Palivere_vallavalitsus, lk 15
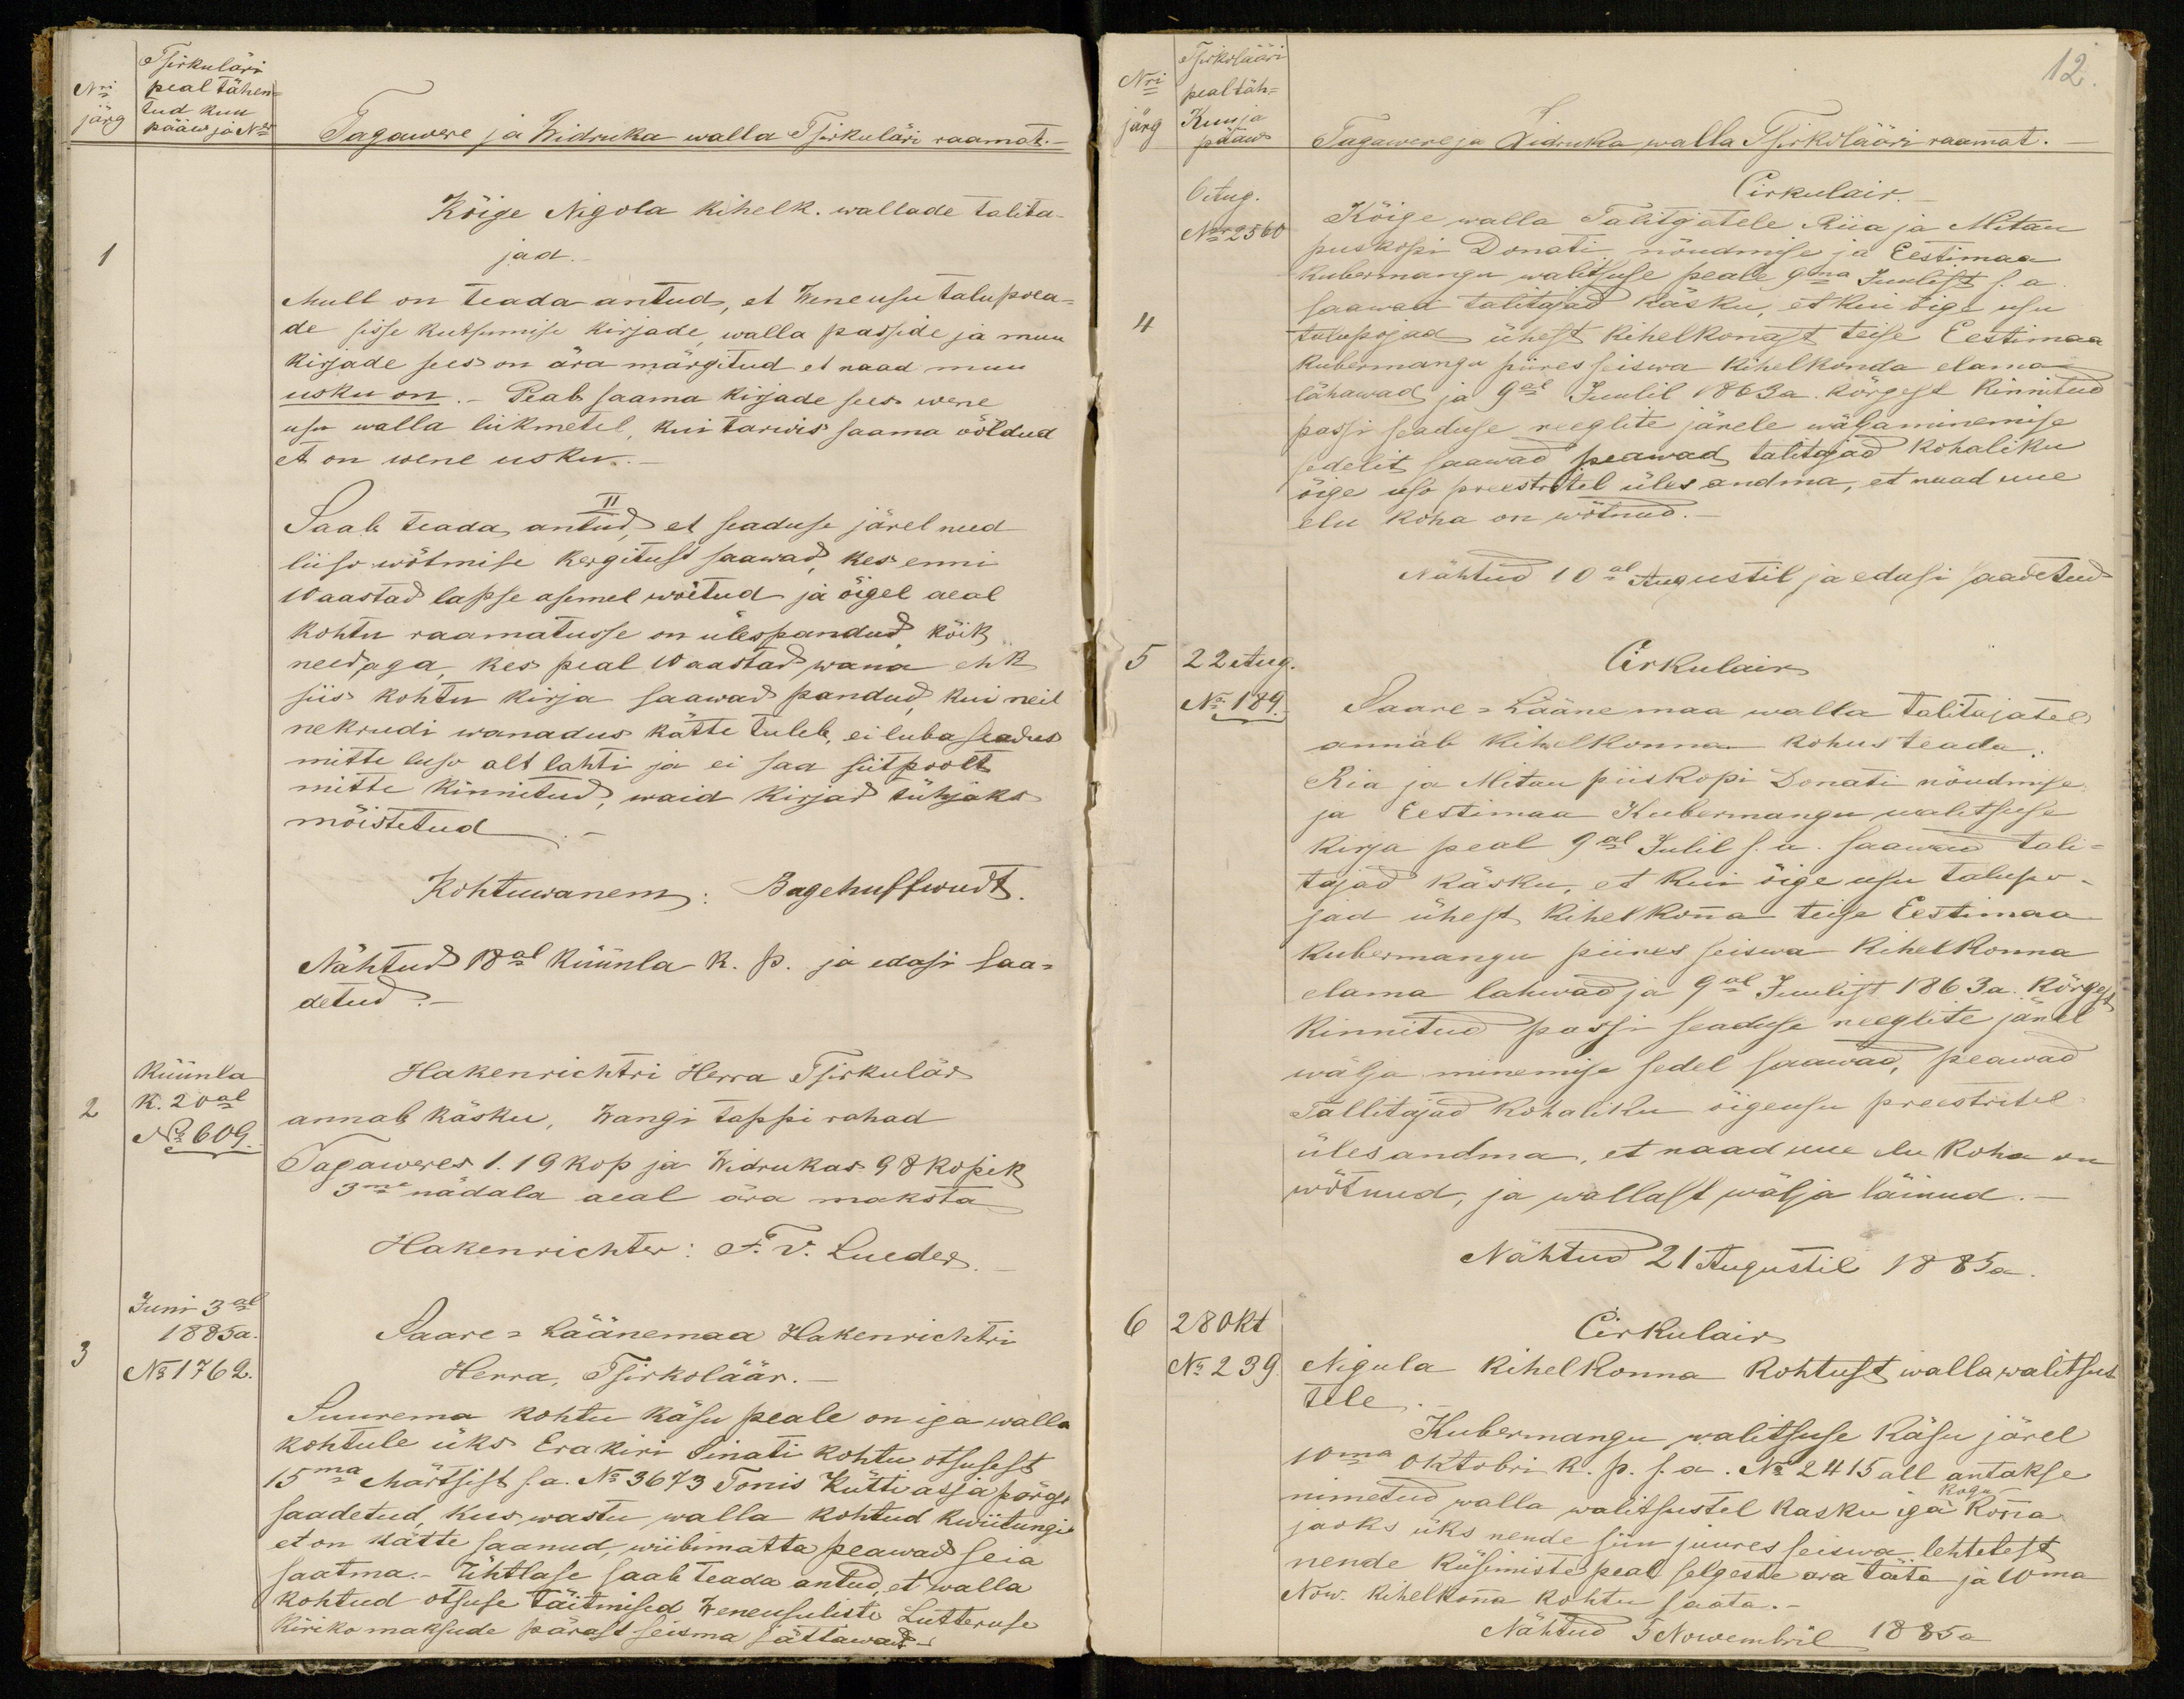
Tsirkuläri
peal tähen-
tud kuu
järg pääw ja Nr
Tagawere ja Widruka walla Tsirkuläri raamat.
Kõige Nigola kihelk. wallade talita-
jad.
Mull on teada antud, et Veneusu talupoea-
de sisse kutsumise kirjade walla passide ja muu
kirjade sees on ära märgitud et naad muu
usku on. Peab saama kirjade sees wene
usu walla liikmetel, kui tarwis saama ööldud
et on wene usku.
II.
Saab teada, antud, et seaduse järel need
liiso wõtmise kergitust saawad, kes enne
10 aastad lapse asemel wõitud ja õigel aeal
kohtu raamatusse on ülespandud kõik
need, aga kes peal 10 aastad wana ehk
siis kohtu kirja saawad pandud kui neil
nekrudi wanadus kätte tuleb, ei luba seadus
mitte liiso alt lahti ja ei saa siitpoolt
mitte kinnitud, waid kirjad tühjaks
mõistetud.
Kohtuwanem: Bagehuffwudt.
Nähtud 18al küünla k. p. ja edasi saa-
detud.
Hakenrichtri Herra Tsirkulär
Küünla
k. 20al
N: 609.
annab käsku, Wangi tappi rahad
Tagaweres 119 kop ja Widrukas 98 kopik
3me nädala aeal ära maksta
Hakenrichter: F. v. Lueder
Juni 3al
1885 a.
No 1762.
Saare-Läänemaa Hakenrichtri
Herra, Tsirkoläär.
Suurema kohtu käsu peale on iga walla
kohtule üks Era kiri Sinati kohtu otsusest
15ma Märtsist s.a. No 3673 Tõnis Kütti asja pärast
saadetud, kus wastu walla kohtud kwiitungi
et on kätte saanud, wiibimatta peawad seia
saatma.- Ühtlase saab teada antud, et walla
kohtud otsuse täitmised weneusuliste Luteruse
kiriko maksude pärast seisma jättawad-

Tsirkuläär
Nri
12.
peal täh-
järg
Kuu ja
pääw
Tagawere ja Widruka walla Tsirkulääti raamat.
6Aug.
Cirkulair.
Nr 2560
Kõige walla Talitjatele Riia ja Mitau
piiskopi Donati nõudmise ja Eestimaa
Kubermangu walitsuse peale 9ma Juulist s.a
saawad talitajad käsku, et kui õige usu
talupojad ühest kihelkonast teise Eestimaa
Kubermangu piires seiswa kihelkonda elama
lähawad ja 9al Juulil 1893a. kõrgest kinnitud
passi seaduse reeglite järele wälja minemise
sedelit saawad peawad talitajad kohaliku
õige uso preestritel üles andma, et maad uue
elu koha on wõtnud.
Nähtud 10al Augustil ja edasi saadetud
5
22 Aug.
Cirkulair
No 189.
Saare-Lääne maa walla talitajatel
annab kihelkonna kohusteada
Ria ja Mitau piiskopi Jonati nõudmise
ja Eestimaa Kubermangu walitsuse
kirja peal 9al Julil s.a. saawad tali
tajad käsku, et kui õigeusu talupo-
jad ühest kihelkona teise Eestimaa
Kubermangu piires seiswa kihelkonna
elama lahwad ja 9al Juulist 1863 a. kõrgest
kinnitud passi seaduse reeglite järel
wälja minemise sedel saawad, peawad
Tallitajad kohaliku õigeusu preestritel
üles andma, et naad uue elu koha on
wõtnud, ja wallast wälja läinud
Nähtud 21 Augustil 1885 a.
6 28 Okt
Cirkulair
No 239.
Nigula kihelkonna kohtust walla walitsus
tele
Kubermangu walitsuse Käsu järel
10ma Oktobri k. p. s.a. No 2415 all antakse
nimetud walla walitsustel kasku iga kogu konna
jaoks üks nende siin juures seiswa lehtedest
nende küsimiste peal selgeste ära täita ja 10ma
Now. kihelkona kohtu saata.-
Nähtud 5 Nowembril 1885 a